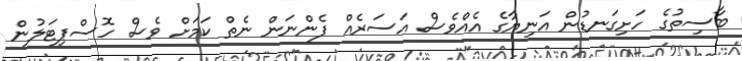
ބާސިތުގެ ހަށިގަނޑުން އަނިޔާގެ އެއްވެސް އަސަރެއް ފެންނަން ނެތް ކަމަށް ވެސް ހޮސްޕިޓަލުން